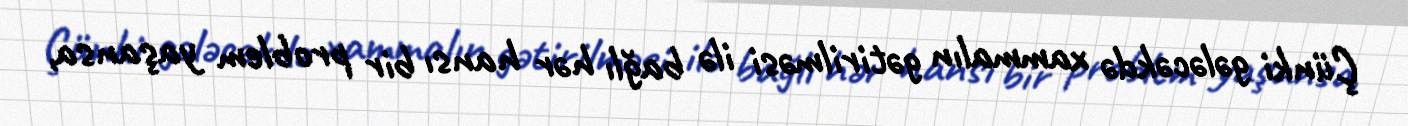
Çünki gələcəkdə xammalın gətirilməsi ilə bağlı hər hansı bir problem yaşansa,